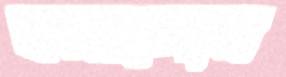
বলাচ্ছেন